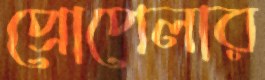
প্রোপেলার